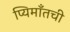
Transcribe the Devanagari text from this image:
प्यिमाँतची